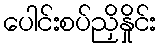
ပေါင်းစပ်ညှိနှိုင်း